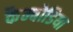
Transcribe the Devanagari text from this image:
कैम्बोडिया